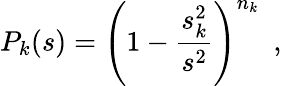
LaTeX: P_{k}(s)=\left(1-{\frac{s_{k}^{2}}{s^{2}}}\right)^{n_{k}}\ \ ,